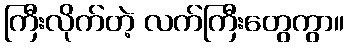
ကြီးလိုက်တဲ့ လက်ကြီးတွေကွာ။